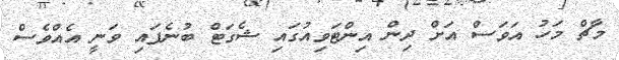
މާޗް މަހު އަވަސް އަށް ދިން އިންޓަވިއުގައި ޝެގަޓް ބުނެފައި ވަނީ އެއްވެސް